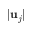
\lvert \mathbf { u } _ { j } \rvert